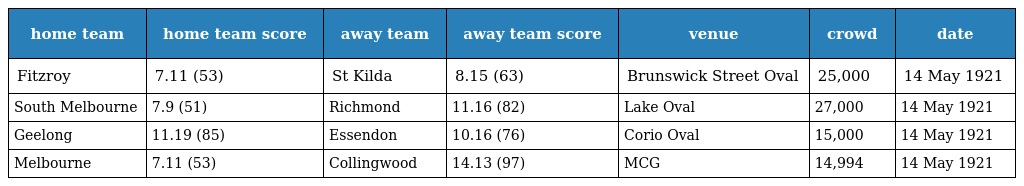
| home team | home team score | away team | away team score | venue | crowd | date |
 | --- | --- | --- | --- | --- | --- | --- |
 | Fitzroy | 7.11 (53) | St Kilda | 8.15 (63) | Brunswick Street Oval | 25,000 | 14 May 1921 |
 | South Melbourne | 7.9 (51) | Richmond | 11.16 (82) | Lake Oval | 27,000 | 14 May 1921 |
 | Geelong | 11.19 (85) | Essendon | 10.16 (76) | Corio Oval | 15,000 | 14 May 1921 |
 | Melbourne | 7.11 (53) | Collingwood | 14.13 (97) | MCG | 14,994 | 14 May 1921 |